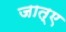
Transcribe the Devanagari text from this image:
जात्ए